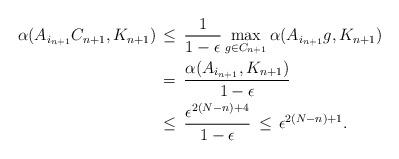
LaTeX: \begin{align*}\alpha(A_{i_{n+1}}C_{n+1},K_{n+1}) \,&\leq \, \frac{1}{1-\epsilon}\max_{g\in C_{n+1}}\alpha(A_{i_{n+1}} g,K_{n+1})\\&= \, \frac{\alpha(A_{i_{n+1}},K_{n+1})}{1-\epsilon}\\&\leq \, \frac{\epsilon^{2(N-n)+4}}{1-\epsilon}\, \leq \, \epsilon^{2(N-n)+1}.\end{align*}